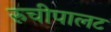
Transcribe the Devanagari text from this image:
रुचीपालट